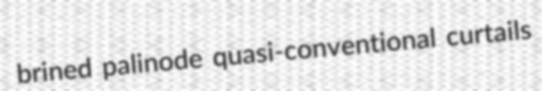
brined palinode quasi-conventional curtails